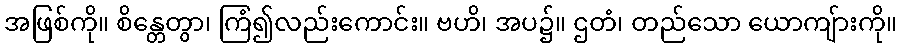
အဖြစ်ကို။ စိန္တေတွာ၊ ကြံ၍လည်းကောင်း။ ဗဟိ၊ အပ၌။ ဌတံ၊ တည်သော ယောကျ်ားကို။